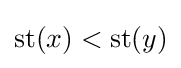
\operatorname {st} (x)<\operatorname {st} (y)